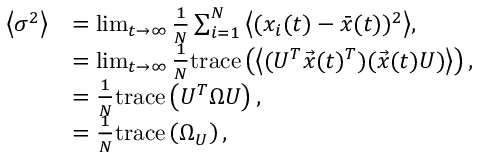
\begin{array} { r l } { \left\langle \sigma ^ { 2 } \right\rangle } & { = \operatorname* { l i m } _ { t \rightarrow \infty } \frac { 1 } { N } \sum _ { i = 1 } ^ { N } { \left\langle ( x _ { i } ( t ) - \bar { x } ( t ) ) ^ { 2 } \right\rangle } , } \\ & { = \operatorname* { l i m } _ { t \rightarrow \infty } \frac { 1 } { N } \mathrm { t r a c e } \left( \left\langle ( U ^ { T } \vec { x } ( t ) ^ { T } ) ( \vec { x } ( t ) U ) \right\rangle \right) , } \\ & { = \frac { 1 } { N } \mathrm { t r a c e } \left( U ^ { T } \Omega U \right) , } \\ & { = \frac { 1 } { N } \mathrm { t r a c e } \left( \Omega _ { U } \right) , } \end{array}